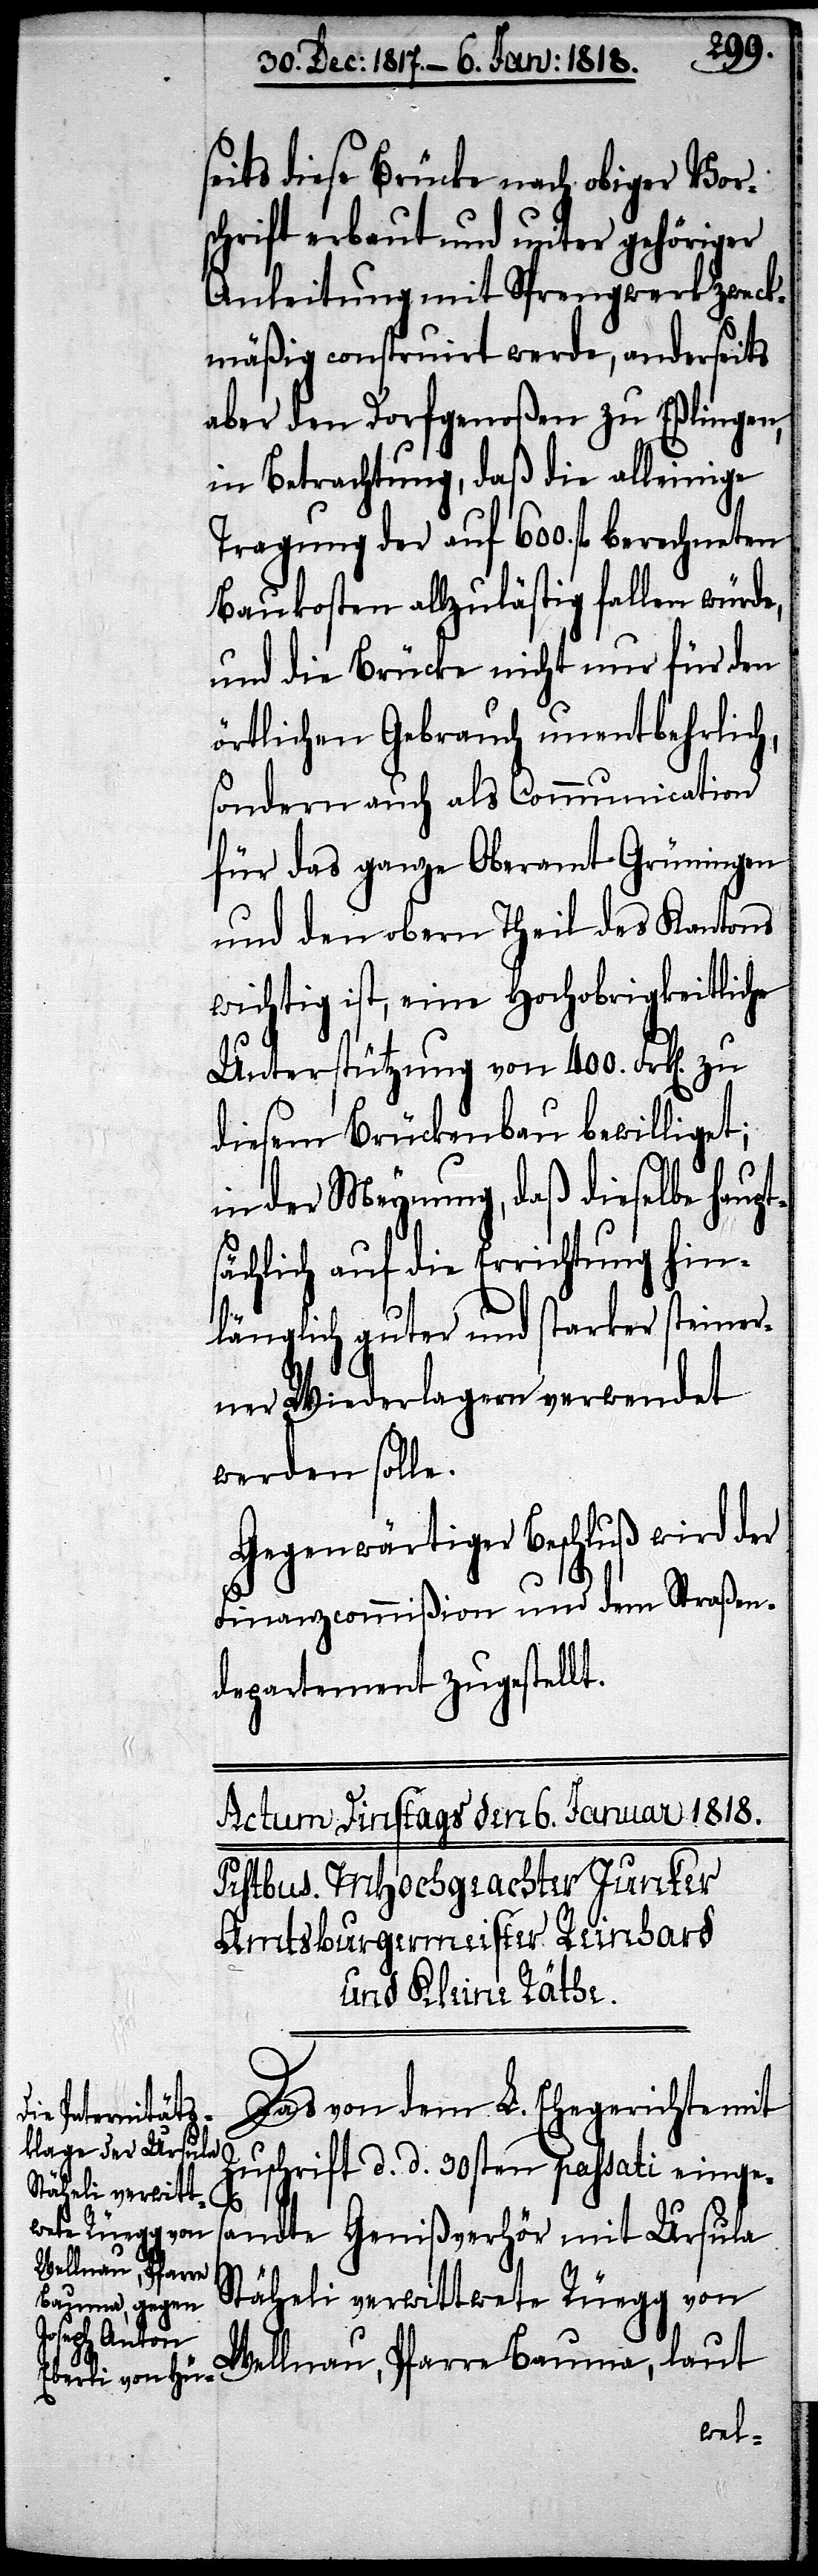
seits diese Brücke nach obiger Vor¬
schrift erbaut und unter gehöriger
Anleitung mit Sprengwerk zweck¬
mäßig construirt werde, anderseits
aber den Dorfgenoßen zu Eßlingen,
in Betrachtung, daß die alleinige
Tragung der auf 600. fl. berechneten
Baukosten allzulästig fallen würde,
und die Brücke nicht nur für den
örtlichen Gebrauch unentbehrlich,
sondern auch als Communication
für das ganze Oberamt Grüningen
und den obern Theil des Kantons
wichtig ist, eine Hochobrigkeitliche
Unterstützung von 400. Frk[en].
diesem Brückenbau bewilliget;
in der Meynung, daß dieselbe haupt¬
sächlich auf die Errichtung hin¬
länglich guter und starker steiner¬
ner Wiederlagern verwendet
werden solle.
Gegenwärtiger Beschluß wird der
Finanzcommißion und dem Straßen¬
departement zugestellt.
Das von dem L. Ehegerichte mit
Zuschrift d. d. 30sten passati einge¬
sandte Genißverhör mit Ursula
Stäheli verwittwete Rüegg von
Wellnau, Pfarre Bauma, laut